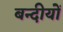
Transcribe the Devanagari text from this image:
बन्दीयों